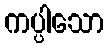
ကပ္ပါသော